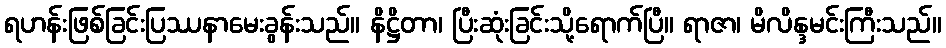
ရဟန်းဖြစ်ခြင်းပြဿနာမေးခွန်းသည်။ နိဋ္ဌိတာ၊ ပြီးဆုံးခြင်းသို့ရောက်ပြီ။ ရာဇာ၊ မိလိန္ဒမင်းကြီးသည်။